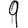
Digit: 9